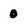
Character: 0